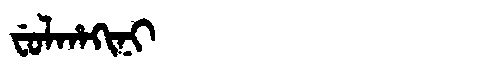
Manchu: ᠸᡠᠯᡥᠠᡴᡳᠨᡳ
Romanization: FULHAKINI